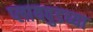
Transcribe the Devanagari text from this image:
प्लायवुडच्या